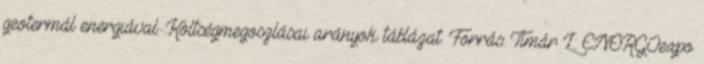
geotermál energiával. Költségmegoszlásai arányok táblázat. Forrás: Tímár L.: ENERGOexpo